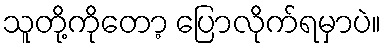
သူတို့ကိုတော့ ပြောလိုက်ရမှာပဲ။